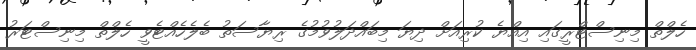
ހެލްތް މިނިސްޓްރީގައި އިއްޔެ ކުރިއަށް ދިޔަ މިބައްދަލުވުމުގެ ރިޔާސަތު ބެލެހެއްޓެވީ ހެލްތް މިނިސްޓަރު